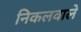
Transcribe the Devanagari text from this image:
निकलवाले